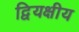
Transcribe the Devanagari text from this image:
द्वियक्षीय